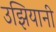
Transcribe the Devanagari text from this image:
उझियानी